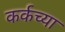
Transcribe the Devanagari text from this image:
कर्कच्या